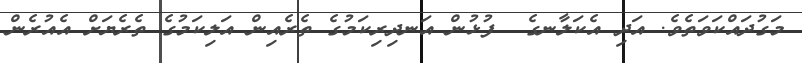
މަގުދައްކަވަތެވެ. އަދި އެކަލާނގެ  ފުޅުން އަނދިރިކަމުގެ ތެރެއިން އަލިކަމުގެ ތެރެޔަށް އެއުރެން